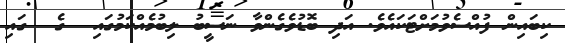
ކިބައިން ފުއްސެވުމަށްޓަކައެވެ. އަދި ބޮޑުވެގެންވާ ނަސީބު ލިބުމެއްކަމުގައި  ގެ  ގައި